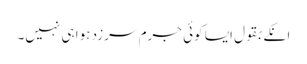
انکے بقول ایسا کوئی جرم سرزد ہوا ہی نہیں۔